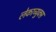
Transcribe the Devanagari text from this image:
लेकाच्युक्स